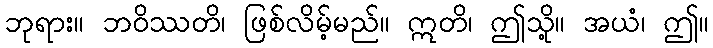
ဘုရား။ ဘဝိဿတိ၊ ဖြစ်လိမ့်မည်။ ဣတိ၊ ဤသို့။ အယံ၊ ဤ။